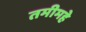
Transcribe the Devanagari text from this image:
तमीमहे